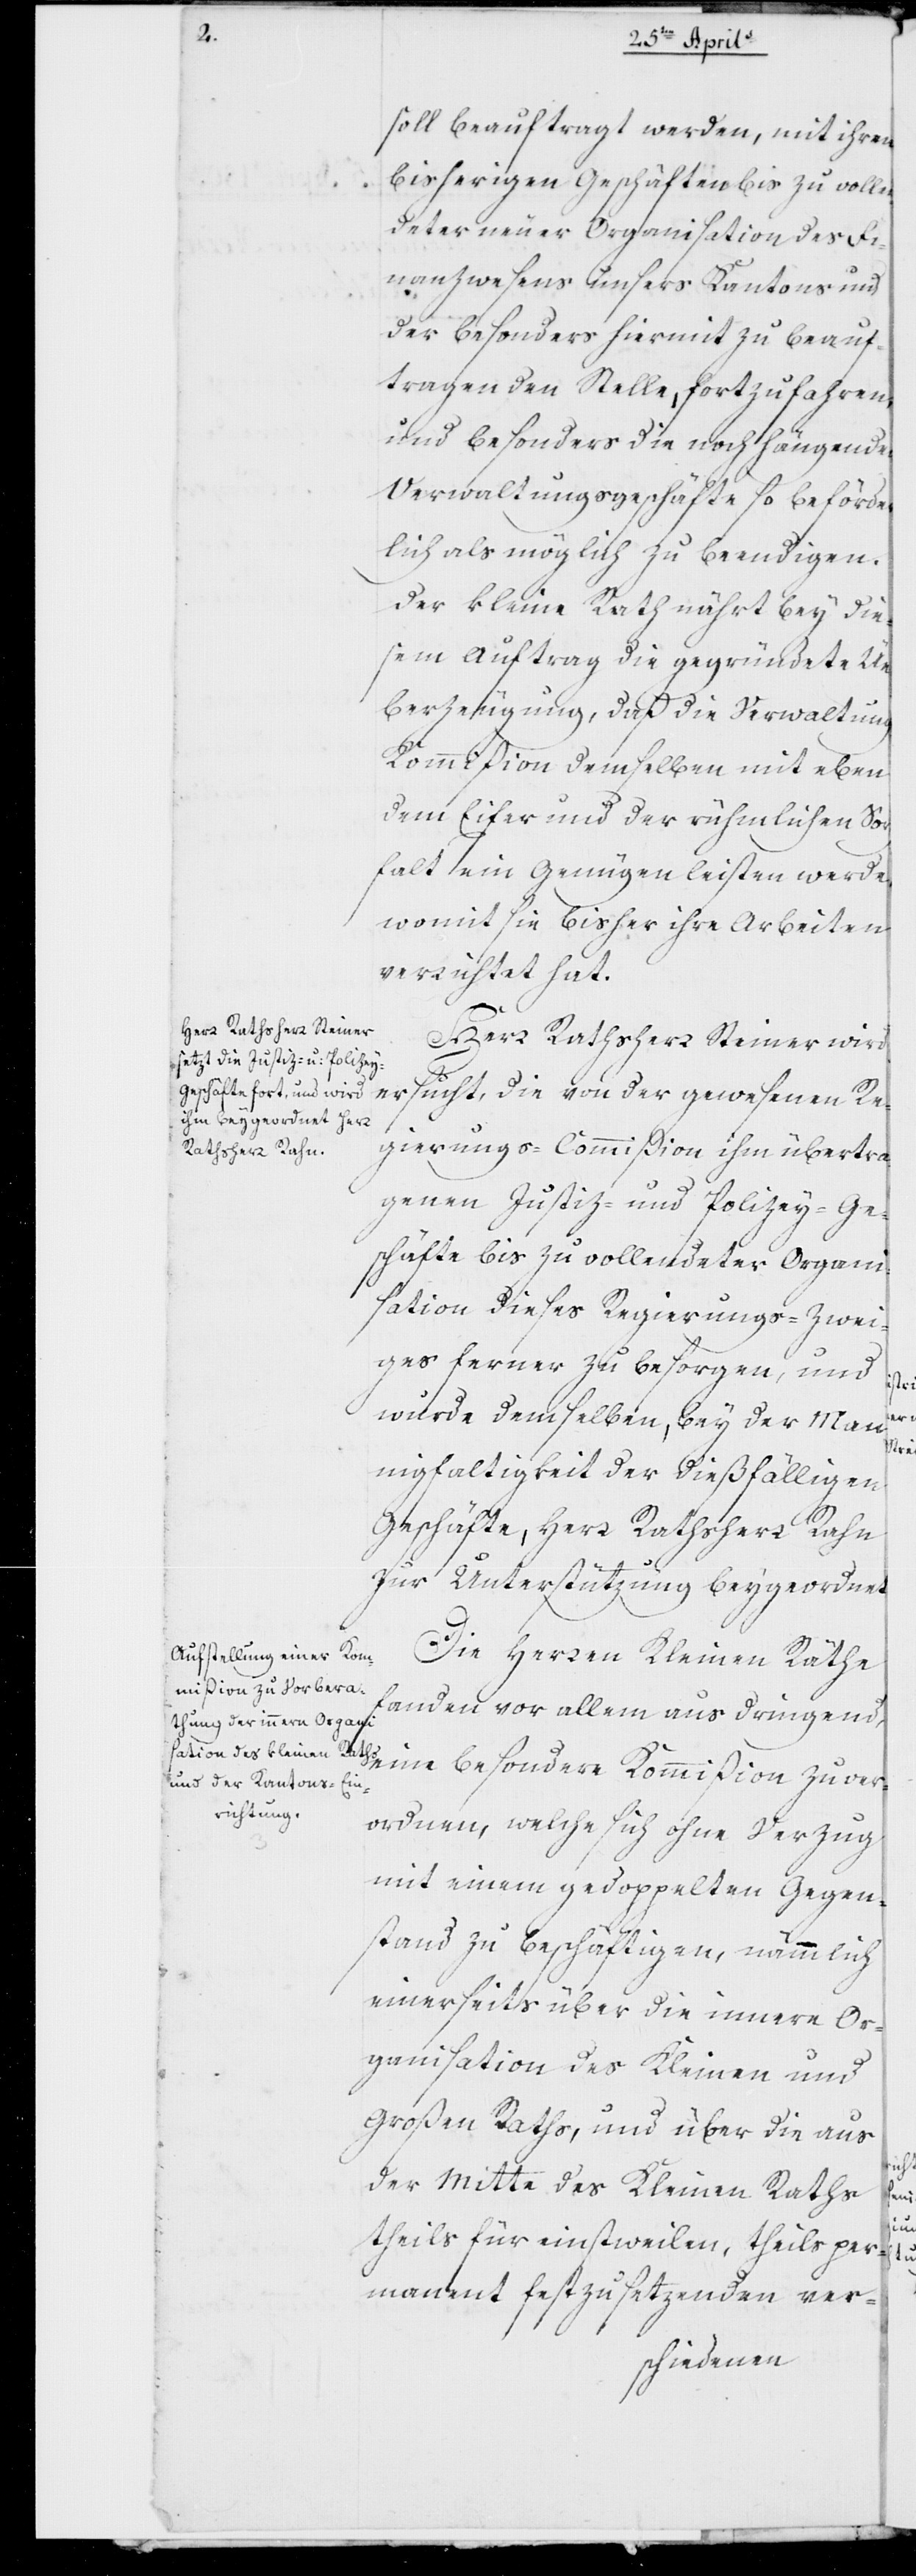
soll beauftragt werden, mit ihren
bisherigen Geschäften bis zu vollen¬
deter neuer Organisation des Fi¬
nanzwesens unseres Kantons und
der besonders hiermit zu beauf¬
tragenden Stelle, fortzufahren,
und besonders die noch hängenden
Verwaltungsgeschäfte so beförder¬
lich als möglich zu beendigen.
Der kleine Rath nährt bey die¬
sem Auftrag die gegründete Ü¬
berzeugung, daß die Verwaltungs
Kommißion demselben mit eben
dem Eifer und der rühmlichen Sorg¬
falt ein Genügen leisten werde,
womit sie bisher ihre Arbeiten
verrichtet hat.
Herr Rathsherr Steiner wird
ersucht, die von der gewesenen Re¬
gierungs-Commißion ihm übertra¬
genen Justiz- und Polizey-Ge¬
schäfte bis zu vollendeter Organi¬
sation dieses Regierungs-Zwei¬
ges ferner zu besorgen, und
wurde demselben bey der Man¬
nigfaltigkeit der dießfälligen
Geschäfte, Herr Rathsherr Rahn
zur Unterstützung beygeordnet.
Die Herren Kleinen Räthe
fanden vor allem dringend,
ordnen, welche sich ohne Verzug
mit einem gedoppelten Gegen¬
stand zu beschäftigen, nämmlich
einerseits über die innere Or¬
ganisation des Kleinen und
Großen Raths, und über die aus
der Mitte des Kleinen Raths,
theils für einstweilen, theils per¬
manent festzusetzenden ver-

ver¬
beson¬
zu